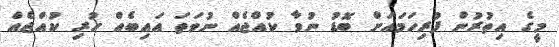
މީގެ އިތުރުން ފުރިހަމައަށް ބޮޑު ނުވާ ކުއްޖެއް ނުވަތަ އައިބެއް ހުރި ކުއްޖެއް